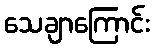
သေချာကြောင်း